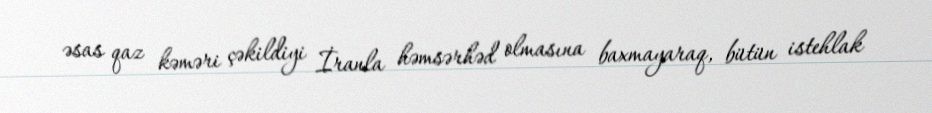
əsas qaz kəməri çəkildiyi İranla həmsərhəd olmasına baxmayaraq, bütün istehlak